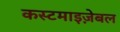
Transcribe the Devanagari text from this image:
कस्टमाइज़ेबल